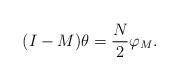
LaTeX: \begin{align*}(I-M)\theta=\frac{N}{2}\varphi_M. \end{align*}